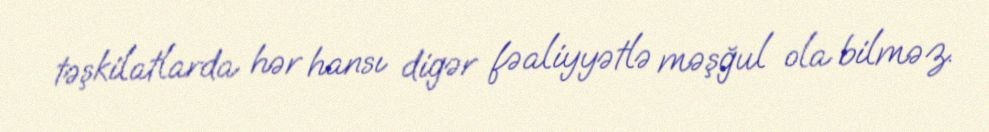
təşkilatlarda hər hansı digər fəaliyyətlə məşğul ola bilməz.